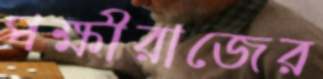
পক্ষীরাজের